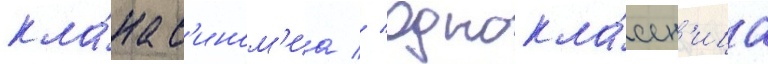
кла́на с'ином'иа // Однокла́ссн'ица